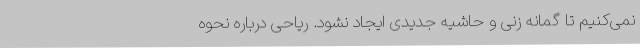
نمی‌کنیم تا گمانه زنی و حاشیه جدیدی ایجاد نشود. ریاحی درباره نحوه